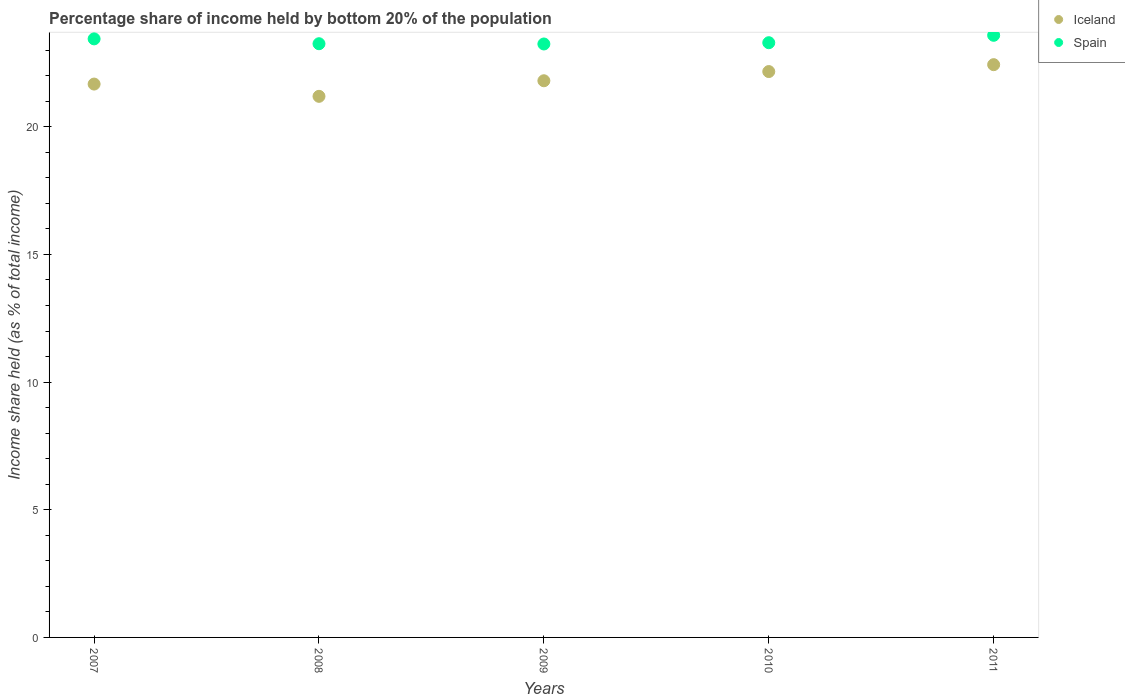
| Years | Iceland | Spain |
 | --- | --- | --- |
 | 2007 | 21.7 | 23.4 |
 | 2008 | 21.2 | 23.2 |
 | 2009 | 21.8 | 23.2 |
 | 2010 | 22.2 | 23.3 |
 | 2011 | 22.4 | 23.6 |